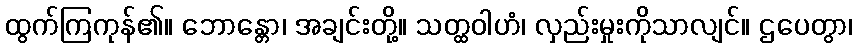
ထွက်ကြကုန်၏။ ဘောန္တော၊ အချင်းတို့။ သတ္ထဝါဟံ၊ လှည်းမှုးကိုသာလျင်။ ဌပေတွာ၊